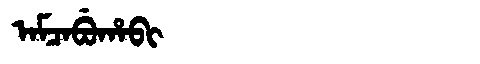
Manchu: ᠠᠮᠴᠠᠪᡠᡥᠠᠪᡳ
Romanization: AMCABUHABI